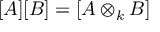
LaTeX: [ A ] [ B ] = \left[ A \otimes _ { k } B \right]